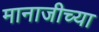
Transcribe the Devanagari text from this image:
मानाजीच्या